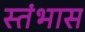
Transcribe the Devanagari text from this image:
स्तंभास